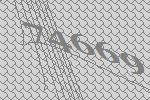
74669